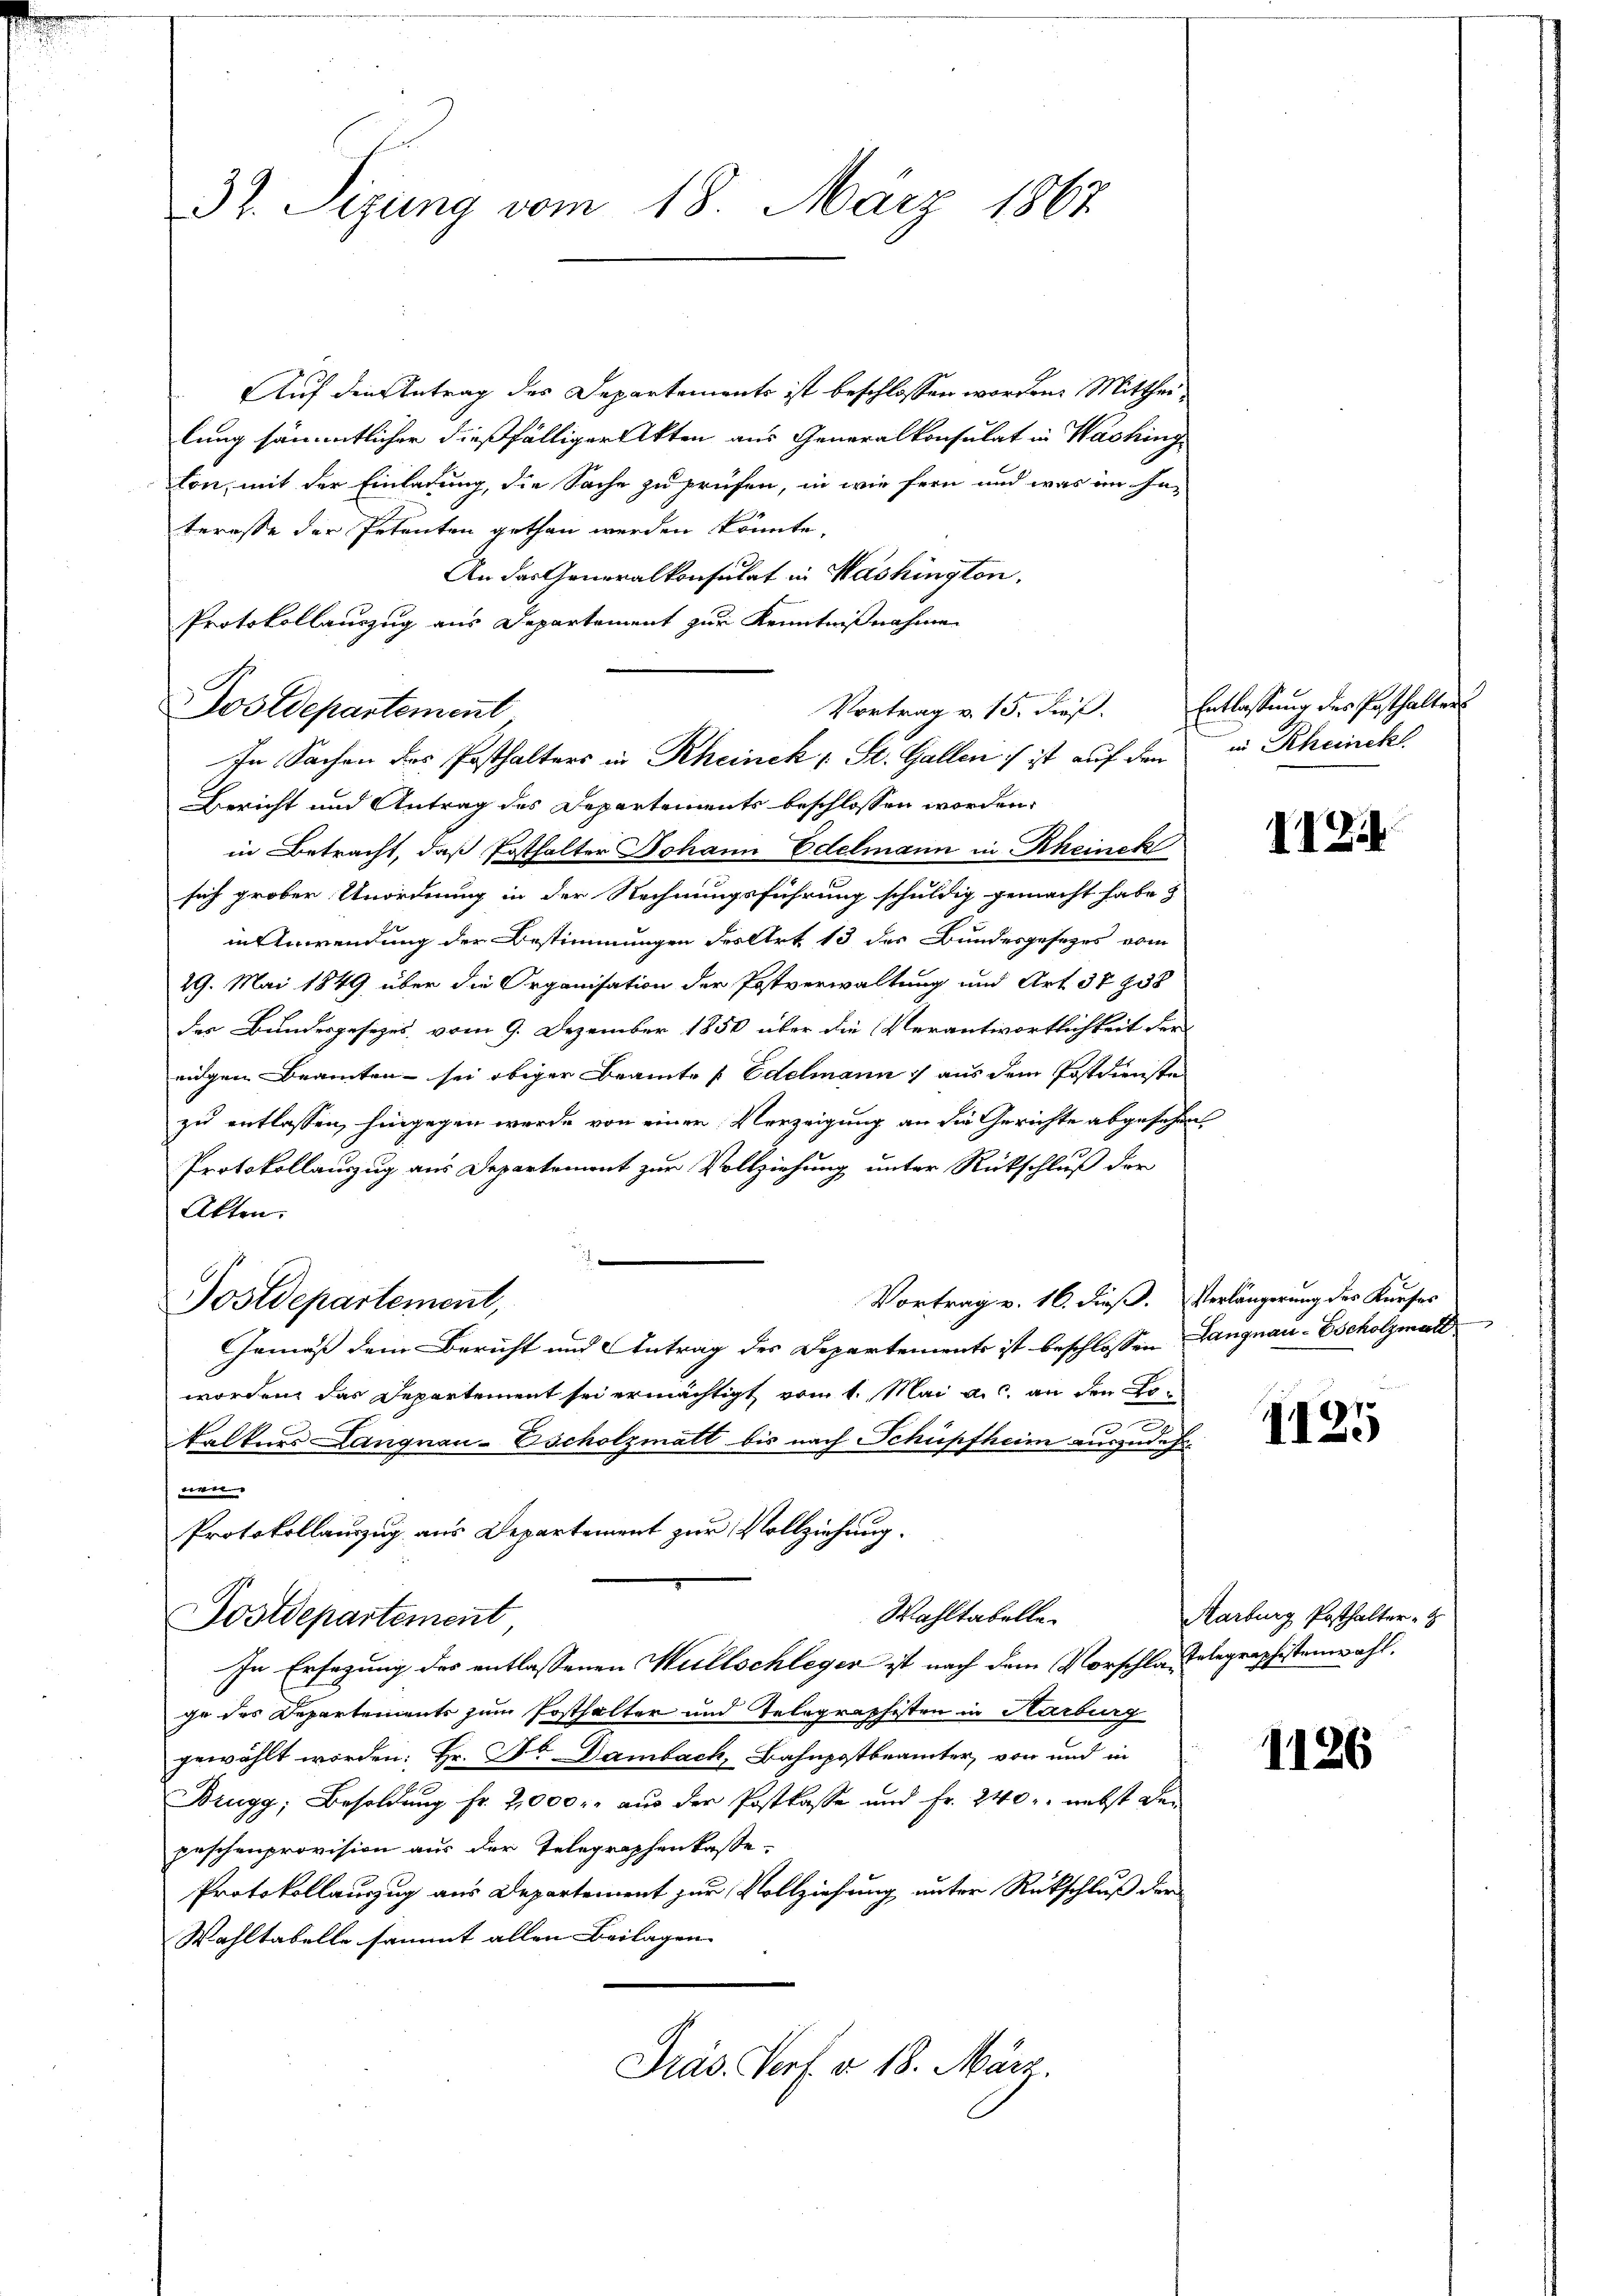
32. Sizung vom 18. März 1867.

Auf den Antrag des Departements ist beschlossen worden. Mittheilung sämmtlicher dießfälliger Akten aus Generalkonsulat in Waching
ton, mit der Einladung, die Sache zu prüfen, in wie fern und was im ha-
teresse der Petenten gethan werden könnte,
An das Generalkonsulat in Washington,
Protokollauszug aus Departement zur Kenntnißnahme
Vortrag v. 15. dieß.
Bericht und Antrag des Departements beschlossen worden.
in Betracht, daß Posthalter Johann Edelmann in Rheinek
sich grober Unordnung in der Rechnungsführung schuldig gemacht habe?
in Anwendung der Bestimmungen des Art 13 des Bundesgesetzes vom
29. Mai 1849 über die Organisation der Postverwaltung und Art. 37938
der Bundesgesezes, vom 9. Dezember 1850 über die Verantwortlichkeit der
rigen Beamten - sei obiger Beamtes Edelmann aus dem Postdienste
zu entlassen, hingegen werde von einen Verzeigung an die Gerichte abgesehen,
Protokollauszug aus Departement zur Vollziehung unter Rückschluß der
Akten.
Vortrag v. 16. dieß. Verlängerung des Kurses
Postdepartement,
Gemäß dem Bericht und Antrag des Departements ist beschlossen Langnau-Escholzmatt
worden, das Departement sei ermächtigt vom 1. Mai a.c. an den Kotälters Langnau-Escholzmatt bis nach Schüpfheim auszudehnen
Protokollauszug aus Departement zur Vollziehung.
Wahltabelle.
Postdepartement
In Ersezung des entlassenen Willschleger ist nach dem Vorschlafelegraphistenwahl.
ge des Departements zum Posthalter und Telegraphisten in Karburg
gewählt worden: Hr. Dr. Dambach, Bahnpostbeamter, von und in
Brugg, Besoldung fr. 2,000 r. aus der Postkasse und Fr. 240. nebst der
peschenprovision aus der Telegraphenkasse.
Protokollauszug aus Departement zur Vollziehung unter Rückschluß der
Wahltabelle sammt allen Beilagen
Präs. Porf. à 18. März.

Fostdepartement

In Sachen des Posthalters in Rheinek 1 St. Gallen ist auf den

Entlassung des Posthalters
in Rheinckl

II2i

897.
II

Aarburg Posthalter Z

1126